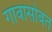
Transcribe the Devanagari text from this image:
गावासोबत